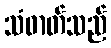
သံဓာတ်သည်